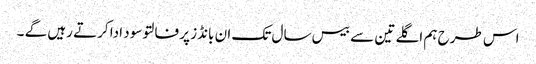
اس طرح ہم اگلے تین سے بیس سال تک ان بانڈز پر فالتو سود ادا کرتے رہیں گے ۔